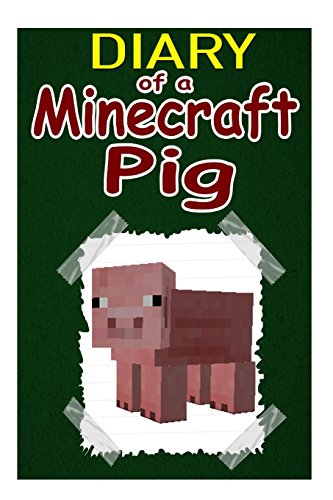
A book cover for Diary Of A Minecraft Pig; Steve Miner; Children's Books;